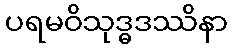
ပရမဝိသုဒ္ဓဒဿိနာ